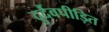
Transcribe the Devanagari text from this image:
दुर्दैवपीड़ित